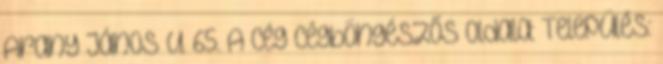
Arany János u. 65. A cég cégböngészős oldala: Település: